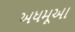
અધમૂઆ